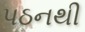
પઠનથી